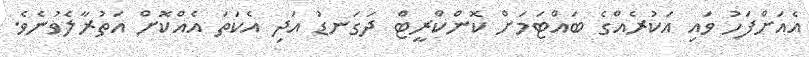
އެއަށްފަހު ވައި އަކުރެއްގެ ބައްޓަމަށް ކޮންކްރީޓް ދަގަނޑު އަދި އެކަތަ އެއްކޮށް އަތުރާލެވުނެވެ.